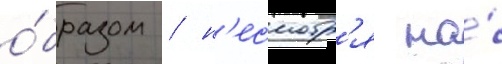
о́бразом / н'есмотр'я на́